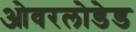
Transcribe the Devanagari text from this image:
ओवरलोडेड